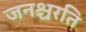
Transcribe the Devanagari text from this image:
जनश्चरति